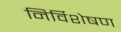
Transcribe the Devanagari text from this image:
निर्विशेषण